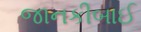
જાનકીબાઈ